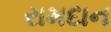
રામદાન